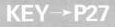
KEY\rightarrow P27